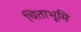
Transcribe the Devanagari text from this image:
चिताभूमि